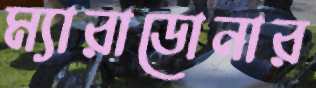
ম্যারাডোনার